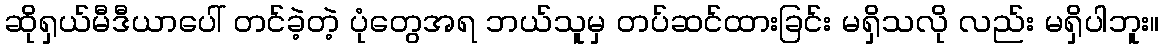
ဆိုရှယ်မီဒီယာပေါ် တင်ခဲ့တဲ့ ပုံတွေအရ ဘယ်သူမှ တပ်ဆင်ထားခြင်း မရှိသလို လည်း မရှိပါဘူး။